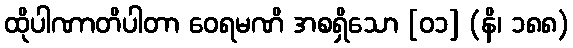
ထိုပါဏာတိပါတာ ဝေရမဏိ အစရှိသော [၀၁] (နိ၊ ၁၈၈)